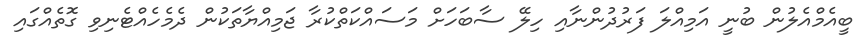
ބީއެމްއެލުން ބުނީ އަމިއްލަ ފަރުދުންނާއި ހިލޭ ސާބަހަށް މަސައްކަތްކުރާ ޖަމިއްޔާތަކުން ދެމެހެއްޓެނިވި ގޮތެއްގައި